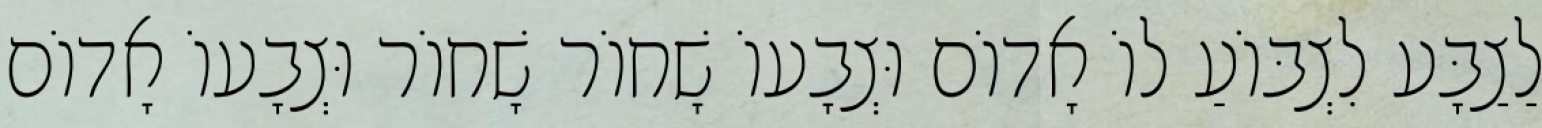
לַצַבָּע לִצְבּוֹעַ לוֹ אָדוֹם וּצְבָעוֹ שָׁחוֹר שָׁחוֹר וּצְבָעוֹ אָדוֹם